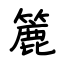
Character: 簏